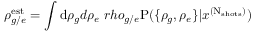
\rho _ { g / e } ^ { \mathrm { e s t } } = \int \mathrm d \rho _ { g } d \rho _ { e } \mathrm \ r h o _ { g / e } \mathrm P ( \{ \rho _ { g } , \rho _ { e } \} | x ^ { ( \mathrm N _ { \mathrm { s h o t s } } ) } )